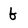
Character: b